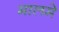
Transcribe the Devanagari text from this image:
मालमे